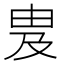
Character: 𬏁